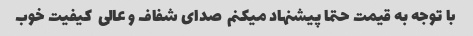
با توجه به قیمت حتما پیشنهاد میکنم  صدای شفاف و عالی  کیفیت خوب